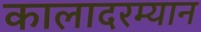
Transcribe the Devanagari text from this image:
कालादरम्यान